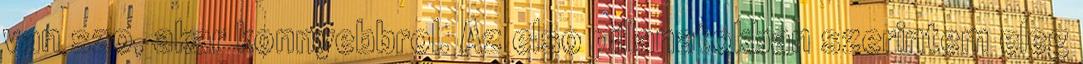
van szo, akar konnyebbrol. Az elso pillanatokban szerintem eleg